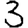
Digit: 3